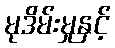
မုဒိမ်းမှုနှင့်